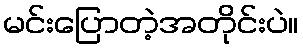
မင်းပြောတဲ့အတိုင်းပဲ။